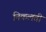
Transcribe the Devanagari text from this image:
निकलती